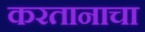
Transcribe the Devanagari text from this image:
करतानाचा